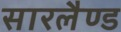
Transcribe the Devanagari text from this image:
सारलैण्ड